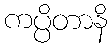
ကပ္ပိတာနိ